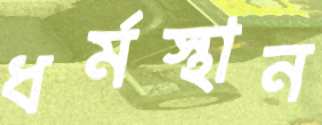
ধর্মস্থান